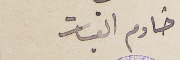
خادم القبات